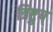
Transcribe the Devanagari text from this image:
त्रिष्टुप्‌